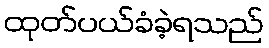
ထုတ်ပယ်ခံခဲ့ရသည်